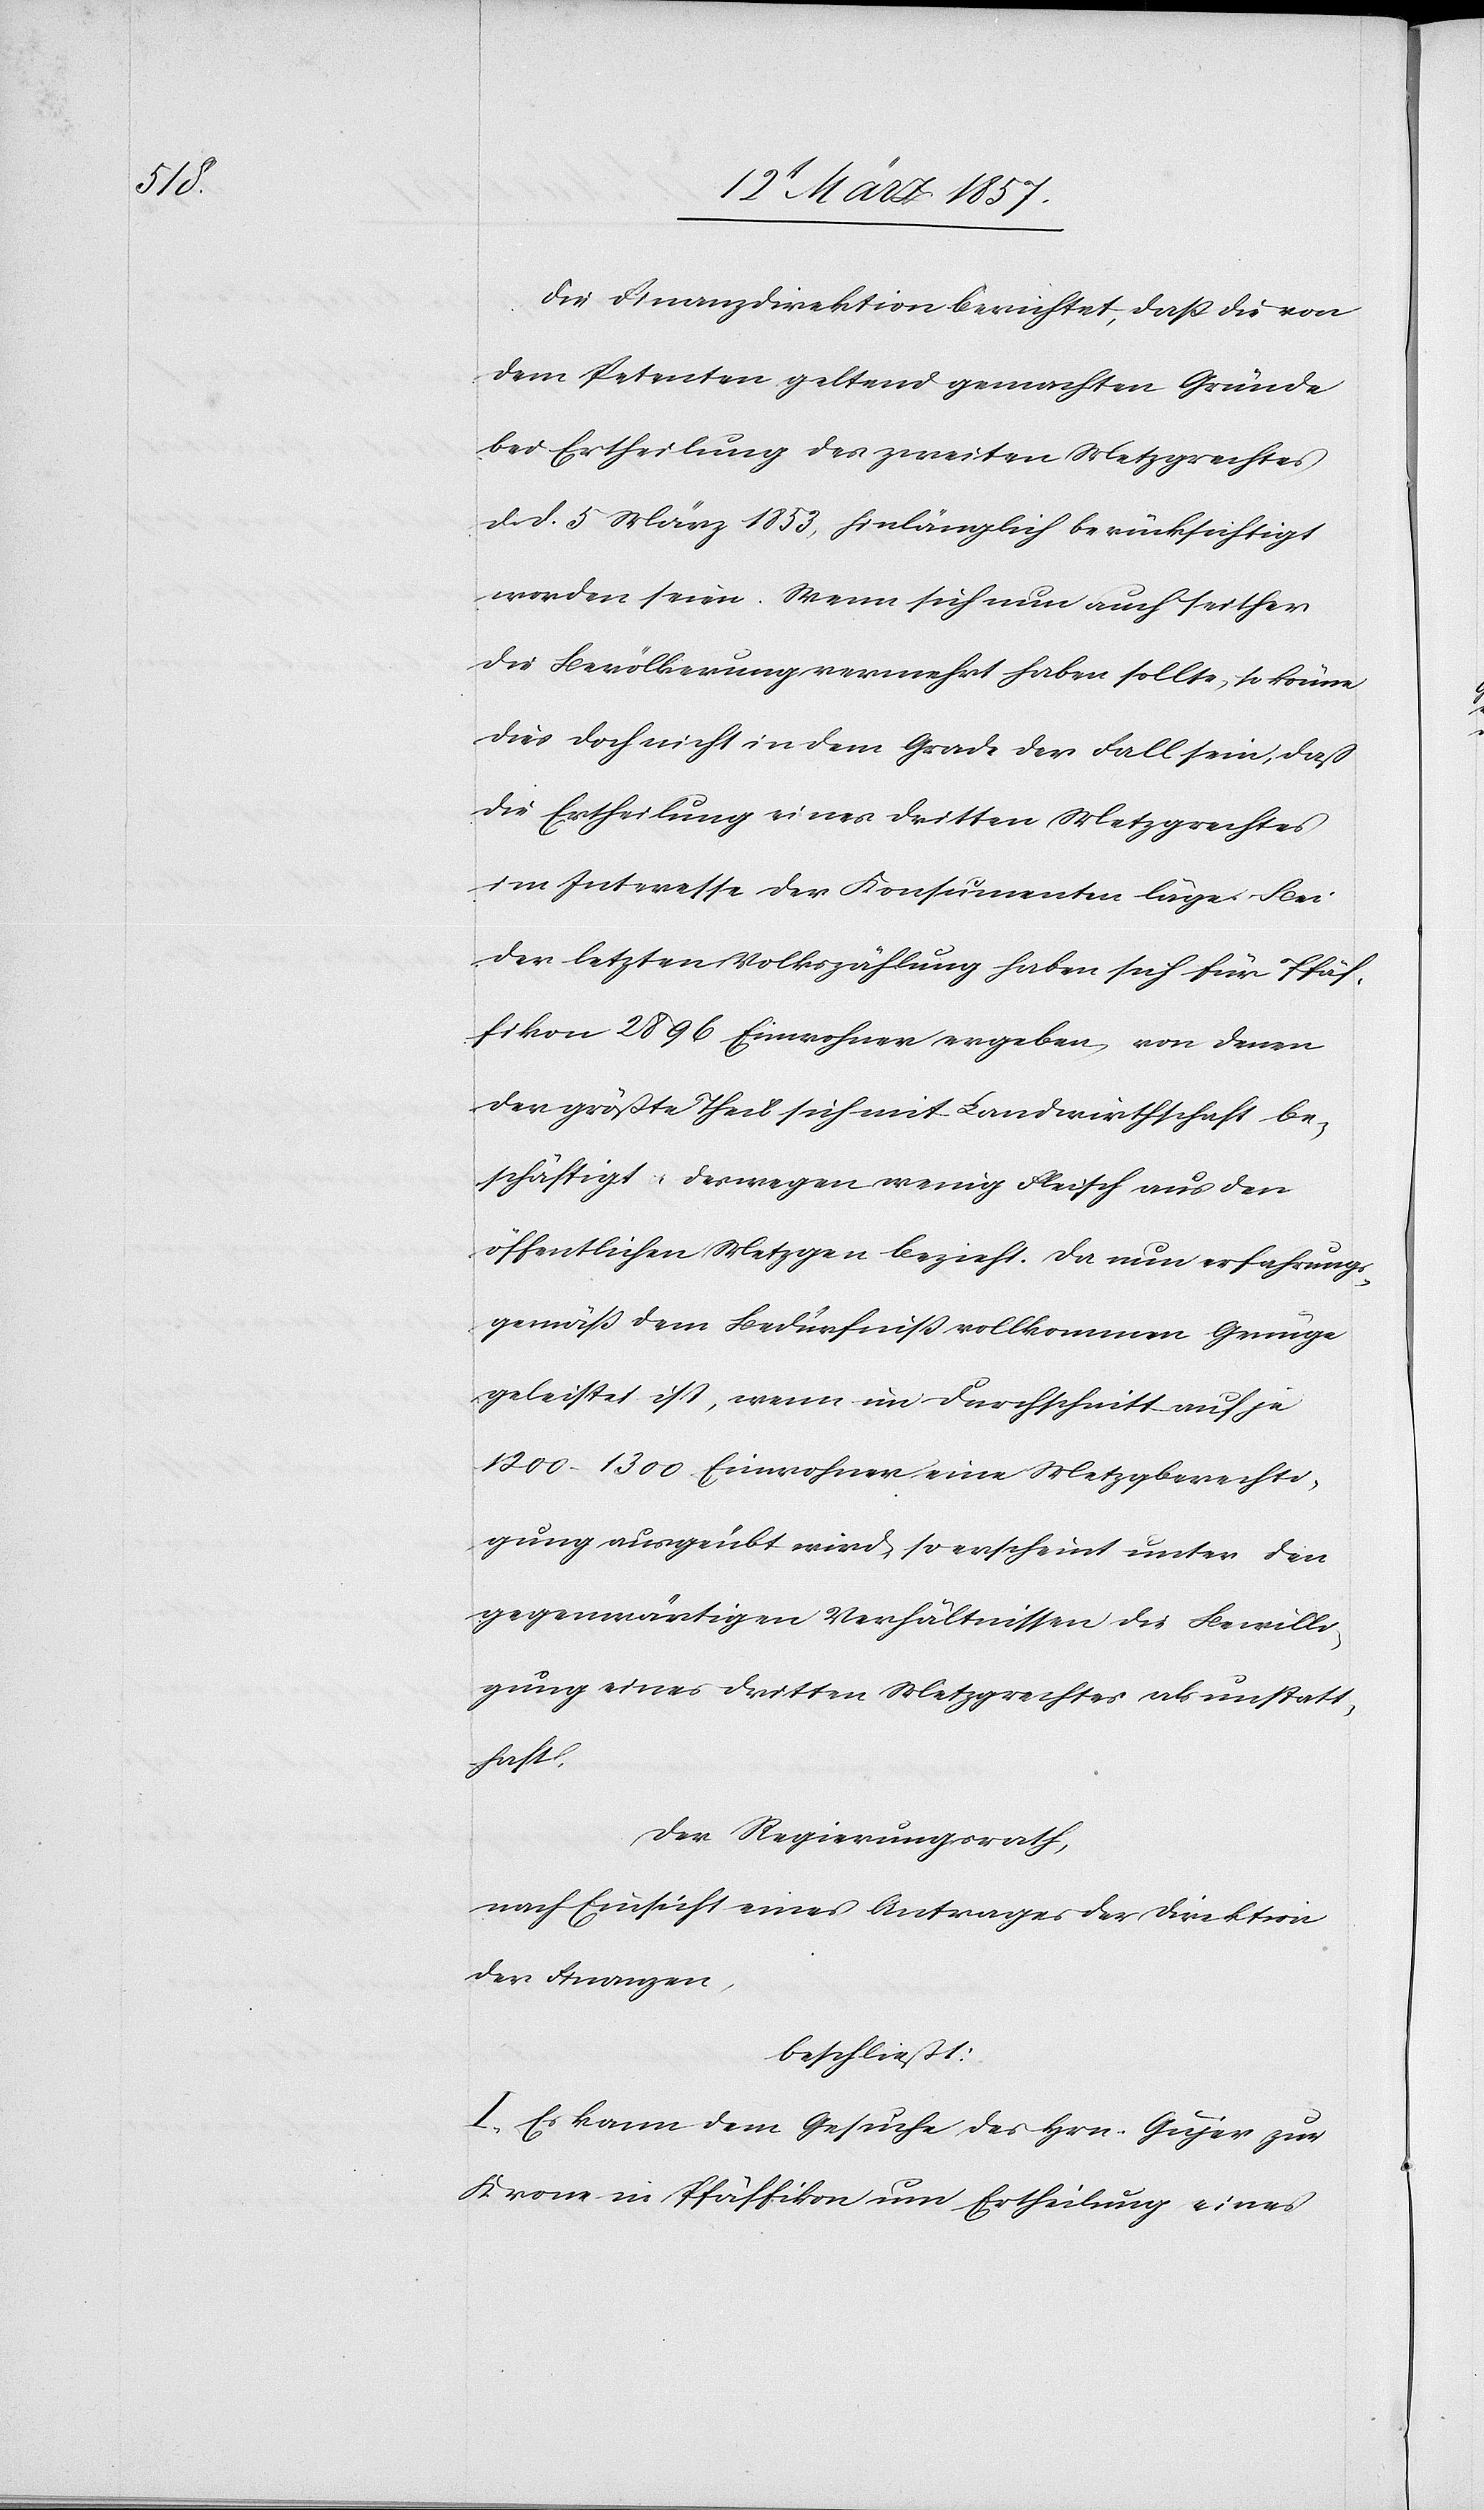
Die Finanzdirektion berichtet, daß die von
dem Petenten geltend gemachten Gründe
bei Ertheilung des zweiten Metzgrechtes
d. d. 5 März 1853, hinlänglich berücksichtigt
worden seien. Wenn sich nun auch seither
die Bevölkerung vermehrt haben sollte, so könne
dies doch nicht in dem Grade der Fall sein, daß
die Ertheilung eines dritten Metzgrechtes
im Interesse der Konsumenten läge. Bei
der letzten Volkszählung haben sich für Pfäf¬
fikon 2896 Einwohner ergeben, von denen
der größte Theil sich mit Landwirthschaft be¬
schäftigt, deswegen wenig Fleisch aus den
öffentlichen Metzgen bezieht. Da nun erfahrungs¬
gemäß dem Bedürfniß vollkommen Genüge
geleistet ist, wenn im Durchschnitt auf je
1200(1300 Einwohner eine Metzgberechti¬
gung ausgeübt wird, so erscheint unter den
gegenwärtigen Verhältnissen die Bewilli¬
gung eines dritten Metzgrechtes als unstatt¬
haft,
Der Regierungsrath,
nach Einsicht eines Antrages der Direktion
der Finanzen,
beschließt:
I. Es kann dem Gesuche des Hrn. Gujer zur
Krone in Pfäffikon um Ertheilung eines